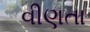
વીણતા